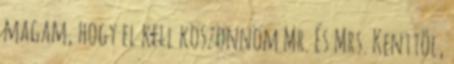
magam, hogy el kell köszönnöm Mr. És Mrs. Kenttõl,